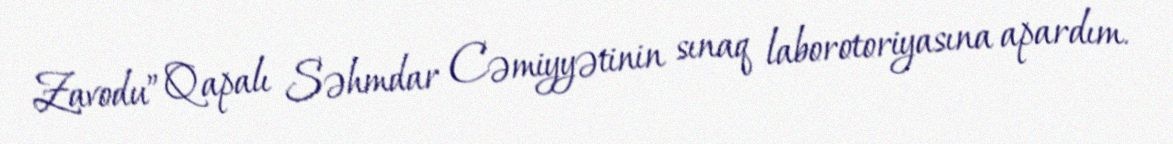
Zavodu” Qapalı Səhmdar Cəmiyyətinin sınaq laborotoriyasına apardım.